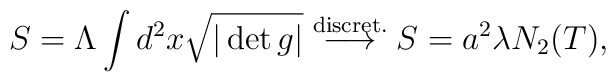
S=\Lambda \int d^{2}x \sqrt{|\det g |}\stackrel{\rm discret.}{\longrightarrow}S=a^{2}\lambda N_{2}(T),